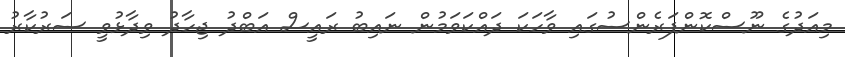
މިއަދުގެ ނޫސްކޮންފަރެންސުގައި ވާހަކަ ދައްކަވަމުން ނައިބު ރައީސް އަބްދު ޖިހާދު ވިދާޅުވީ ސަރުކާރު